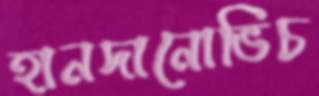
হানদানোভিচ